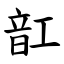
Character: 䪦